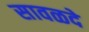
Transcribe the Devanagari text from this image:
सावळदे